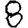
Digit: 8